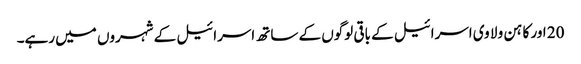
20 اور کا ہن و لا وی اسرائیل کے باقی لوگوں کے ساتھ اسرائیل کے شہروں میں رہے۔